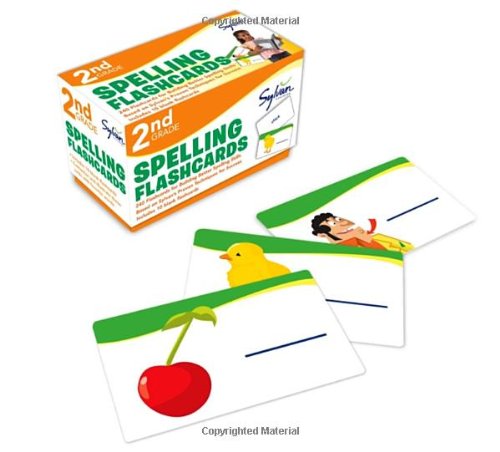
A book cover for Second Grade Spelling Flashcards (Flashcards Language Arts); Sylvan Learning; Reference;